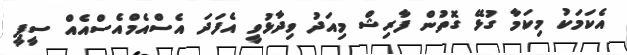
އެކަމަކު މިކަމާ ގުޅޭ ގޮތުން ފާރިޝް މިއަދު ވިދާޅުވީ އެފަދަ އެސްއެމްއެސްއެއް ސީޕީ